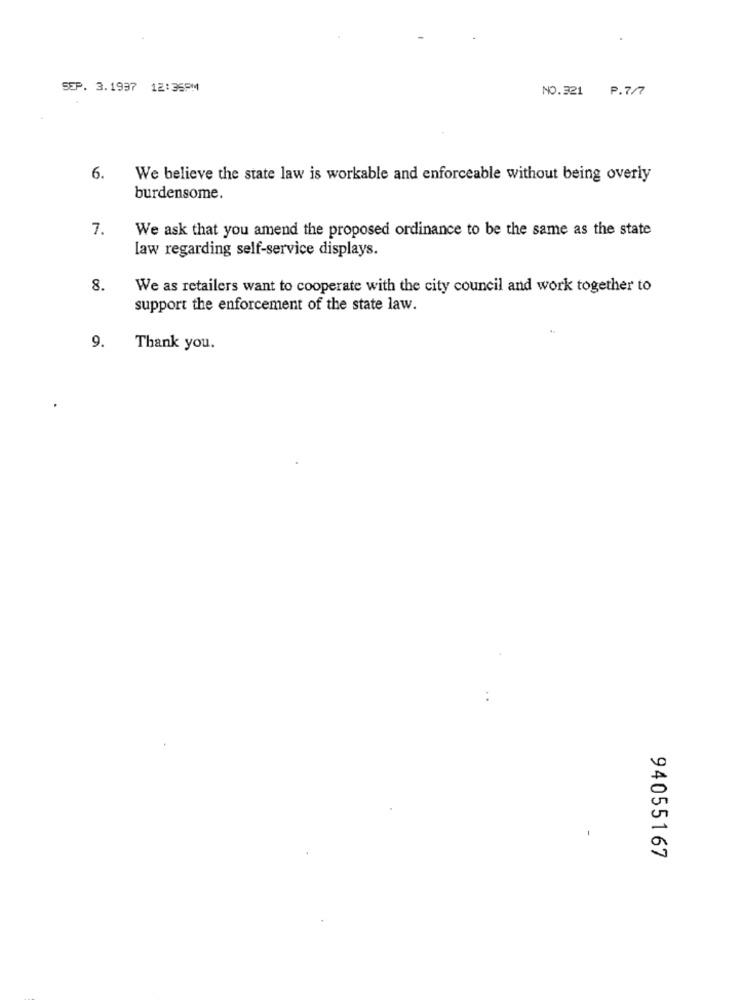
SEP. 3.1997 12:35PM
NO.321
P.7/7
6.
We believe the state law is workable and enforceable without being overly
burdensome.
7.
We ask that you amend the proposed ordinance to be the same as the state
law regarding self-service displays.
8.
We as retailers want to cooperate with the city council and work together to
support the enforcement of the state law.
9.
Thank you.
94055167